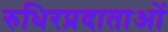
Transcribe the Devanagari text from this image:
रुधिरप्रदाताओं